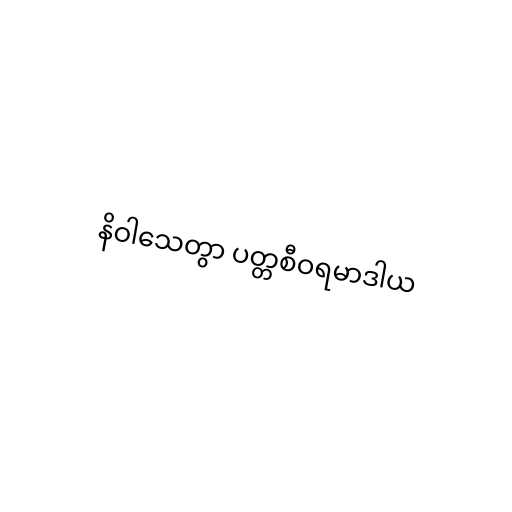
နိဝါသေတွာ ပတ္တစီဝရမာဒါယ